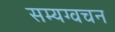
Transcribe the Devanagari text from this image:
सम्यग्वचन